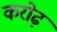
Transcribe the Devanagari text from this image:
करोढ़